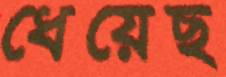
ধেয়েছ